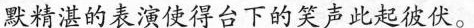
默精湛的表演使得台下的笑声此起彼伏。